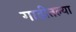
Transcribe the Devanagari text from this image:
गाडीतल्या